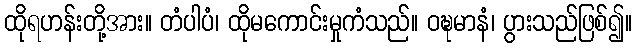
ထိုရဟန်းတို့အား။ တံပါပံ၊ ထိုမကောင်းမှုကံသည်။ ဝဍ္ဎမာနံ၊ ပွားသည်ဖြစ်၍။